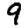
Digit: 9